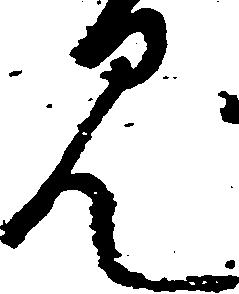
見